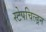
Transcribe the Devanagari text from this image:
स्टेपचिल्ड्रन